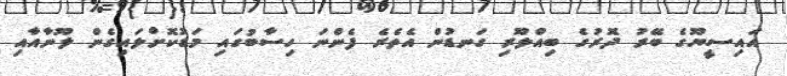
އައިސީޔޫގެ ބޭރު ދޮރުގެ ބިއްލޫރި ގަނޑުން އެތެރެ ފެންނަ ހިސާބުގައި މަޑުކޮށްލައިގެން ލޫނާއާއި